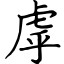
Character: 虖